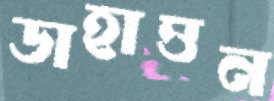
ডাহাত্তন